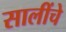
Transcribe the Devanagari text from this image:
सालींचे